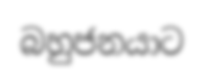
බහුජනයාට